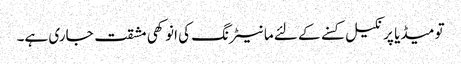
تو میڈیا پر نکیل کسنے کے لئے مانیٹرنگ کی انوکھی مشقت جاری ہے۔